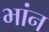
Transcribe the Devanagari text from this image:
भांन